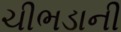
ચીભડાની